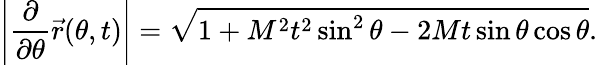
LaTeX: \left|\frac{\partial}{\partial\theta}\vec{r}(\theta,t)\right|=\sqrt{1+M^{2}t^{2}\sin^{2}\theta-2Mt\sin\theta\cos\theta}.